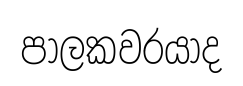
පාලකවරයාද